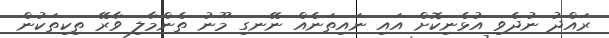
ރައްދު ނުދެވި އުޅެނިކޮށް އައި ނައިތަނެއް ނޭނގި މޫނު ތެންމާލި ވާރޭ ތިކިތަކުން